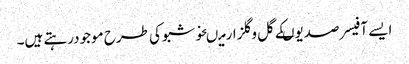
ایسے آفیسر صدیوںکے گل وگلزارمیںخوشبوکی طرح موجودرہتے ہیں۔